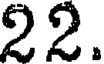
22.